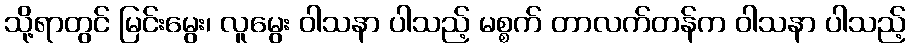
သို့ရာတွင် မြင်းမွေး၊ လူမွေး ဝါသနာ ပါသည့် မစ္စက် တာလက်တန်က ဝါသနာ ပါသည့်